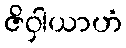
ဇိဝှါယာဟံ